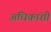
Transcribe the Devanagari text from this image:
अधिकांशी